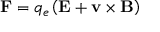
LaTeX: \mathbf { F } = q _ { e } \left( \mathbf { E } + \mathbf { v } \times \mathbf { B } \right)